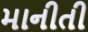
માનીતી